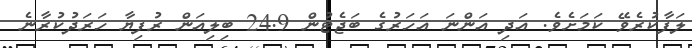
ލަފާކުރެވޭ ކަމަށެވެ. އަދި އަންނަ އަހަރުގެ ބަޖެޓުން 24.9 ބިލިއަން ރުފިޔާ ހަރަދުކުރާނެ